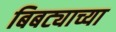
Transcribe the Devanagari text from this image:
बिबट्याच्या